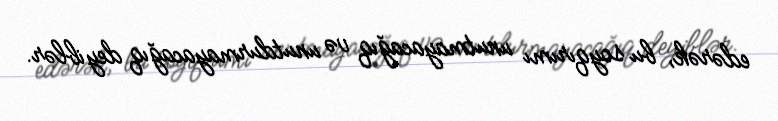
edərək, bu soyqırımı unutmayacağıq və unutdurmayacağıq deyiblər.